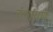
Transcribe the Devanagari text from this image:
रंगायण